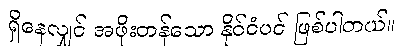
ရှိနေလျှင် အဖိုးတန်သော နိုင်ငံပင် ဖြစ်ပါတယ်။